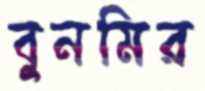
বুনমির